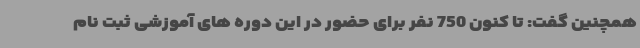
همچنین گفت: تا کنون 750 نفر برای حضور در این دوره های آموزشی ثبت نام